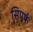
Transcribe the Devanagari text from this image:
सिपर्फ